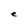
Character: e